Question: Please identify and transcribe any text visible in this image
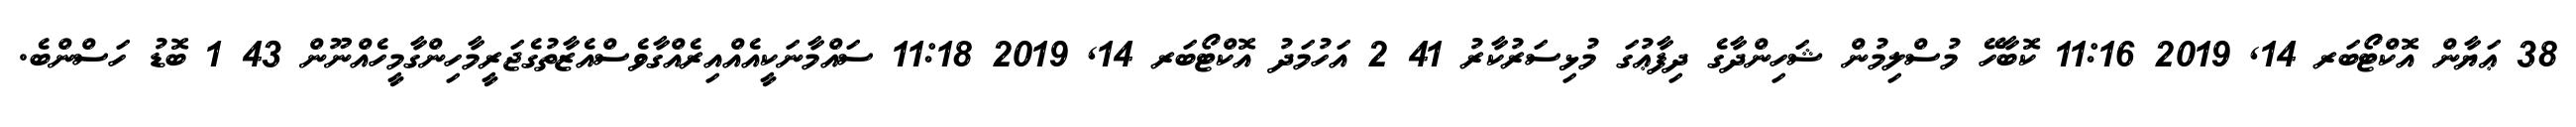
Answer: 38 ޢަޔާން އޮކްޓޯބަރ 14, 2019 11:16 ކޮބާހޭ މުސްލިމުން ޝަހިންދާގެ ދިފާޢުގަ މުޅިސަރުކާރު 41 2 އަހުމަދު އޮކްޓޯބަރ 14, 2019 11:18 ސައްމާނަކީއެއްއިރެއްގާވެސްއެޒާތުގެޖަރީމާހިންގާމީހެއްނޫން 43 1 ބޮޑު ހަސްންބެ.